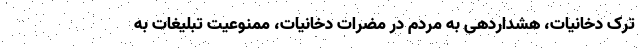
ترک دخانیات، هشداردهی به مردم در مضرات دخانیات، ممنوعیت تبلیغات به